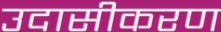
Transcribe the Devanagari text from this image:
उदासीकरण